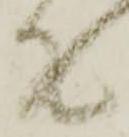
て